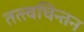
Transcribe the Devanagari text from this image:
तत्त्वचिन्तन